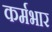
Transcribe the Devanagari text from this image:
कर्मभार